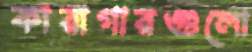
কারাগারগুলো